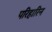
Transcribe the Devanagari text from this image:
परिहारिन